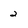
Character: 2